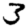
Digit: 3